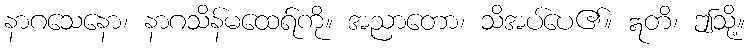
နာဂသေနော၊ နာဂသိန်မထေရ်ကို။ အညာတော၊ သိအပ်ပေ၏။ ဣတိ၊ ဤသို့။